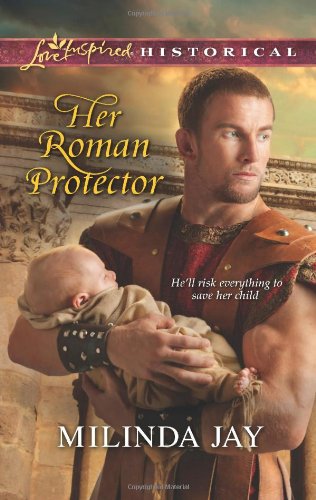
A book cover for Her Roman Protector (Love Inspired Historical); Milinda Jay; Romance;